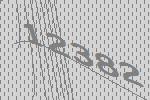
12382